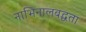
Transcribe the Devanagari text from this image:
नाभिनालबद्धता